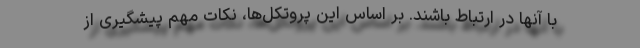
با آنها در ارتباط باشند. بر اساس این پروتکل‌ها، نکات مهم پیشگیری از